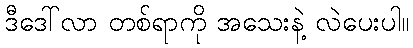
ဒီဒေါ်လာ တစ်ရာကို အသေးနဲ့ လဲပေးပါ။